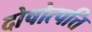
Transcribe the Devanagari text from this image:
दोषोत्पत्ति